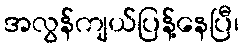
အလွန်ကျယ်ပြန့်နေပြီ၊